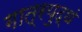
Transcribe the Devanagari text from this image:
गात्रयुद्धं